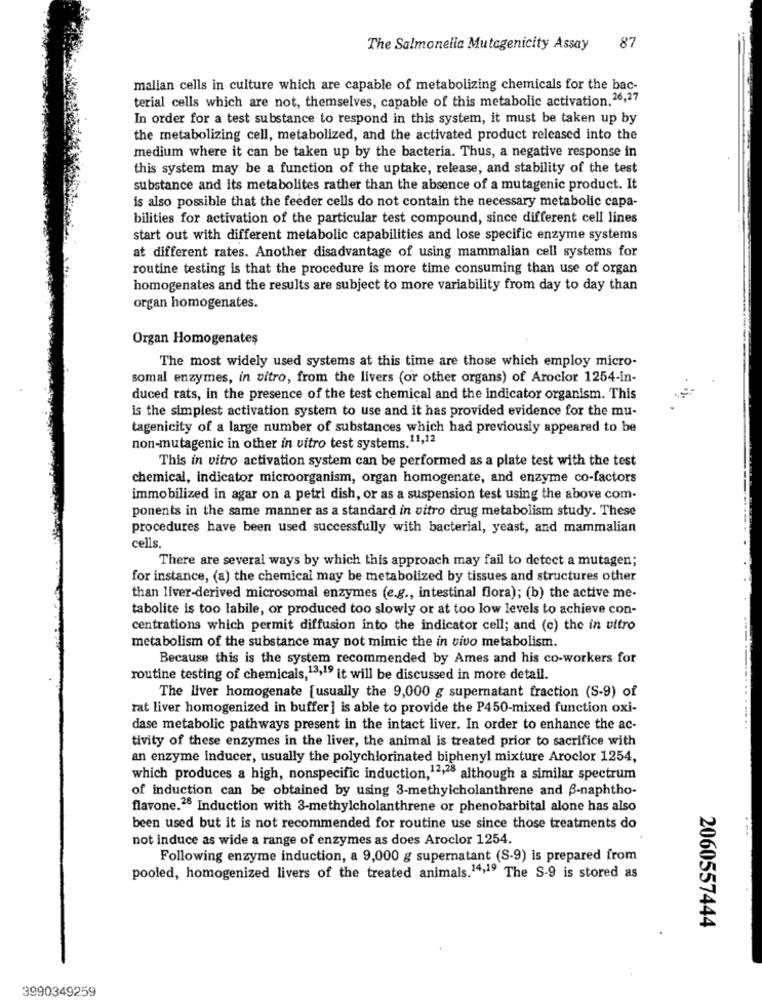
The Salmonella Mutagenicity Assay
87
malian cells in culture which are capable of metabolizing chemicals for the bac-
terial cells which are not, themselves, capable of this metabolic activation. 26,27
In order for a test substance to respond in this system, it must be taken up by
the metabolizing cell, metabolized, and the activated product released into the
medium where it can be taken up by the bacteria. Thus, a negative response in
this system may be a function of the uptake, release, and stability of the test
substance and its metabolites rather than the absence of a mutagenic product. It
is also possible that the feeder cells do not contain the necessary metabolic capa-
bilities for activation of the particular test compound, since different cell lines
start out with different metabolic capabilities and lose specific enzyme systems
at different rates. Another disadvantage of using mammalian cell systems for
routine testing is that the procedure is more time consuming than use of organ
homogenates and the results are subject to more variability from day to day than
organ homogenates.
Organ Homogenates
The most widely used systems at this time are those which employ micro-
somal enzymes, in vitro, from the livers (or other organs) of Aroclor 1254-in-
duced rats, in the presence of the test chemical and the indicator organism. This
is the simplest activation system to use and it has provided evidence for the mu-
tagenicity of a large number of substances which had previously appeared to be
non-mutagenic in other in vitro test systems.11,12
This in vitro activation system can be performed as a plate test with the test
chemical, indicator microorganism, organ homogenate, and enzyme co-factors
immobilized in agar on a petri dish, or as a suspension test using the above com-
ponents in the same manner as a standard in vitro drug metabolism study. These
procedures have been used successfully with bacterial, yeast, and mammalian
cells.
There are several ways by which this approach may fail to detect a mutagen;
for instance, (a) the chemical may be metabolized by tissues and structures other
than liver-derived microsomal enzymes (e.g ., intestinal flora); (b) the active me-
tabolite is too labile, or produced too slowly or at too low levels to achieve con-
centrations which permit diffusion into the indicator cell; and (c) the in vitro
metabolism of the substance may not mimic the in vivo metabolism.
Because this is the system recommended by Ames and his co-workers for
routine testing of chemicals,13,19 it will be discussed in more detail.
The liver homogenate [usually the 9,000 g supernatant fraction (S-9) of
rat liver homogenized in buffer] is able to provide the P450-mixed function oxi-
............
dase metabolic pathways present in the intact liver. In order to enhance the ac-
tivity of these enzymes in the liver, the animal is treated prior to sacrifice with
an enzyme inducer, usually the polychlorinated biphenyl mixture Aroclor 1254,
which produces a high, nonspecific induction,12,28 although a similar spectrum
of induction can be obtained by using 3-methylcholanthrene and B-naphtho-
flavone.26 Induction with 3-methylcholanthrene or phenobarbital alone has also
been used but it is not recommended for routine use since those treatments do
not induce as wide a range of enzymes as does Aroclor 1254.
Following enzyme induction, a 9,000 g supernatant (S-9) is prepared from
pooled, homogenized livers of the treated animals. 14,19 The S-9 is stored as
2060557444
3990349259